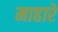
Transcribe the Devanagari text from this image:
माहारे